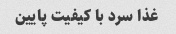
غذا سرد با کیفیت پایین